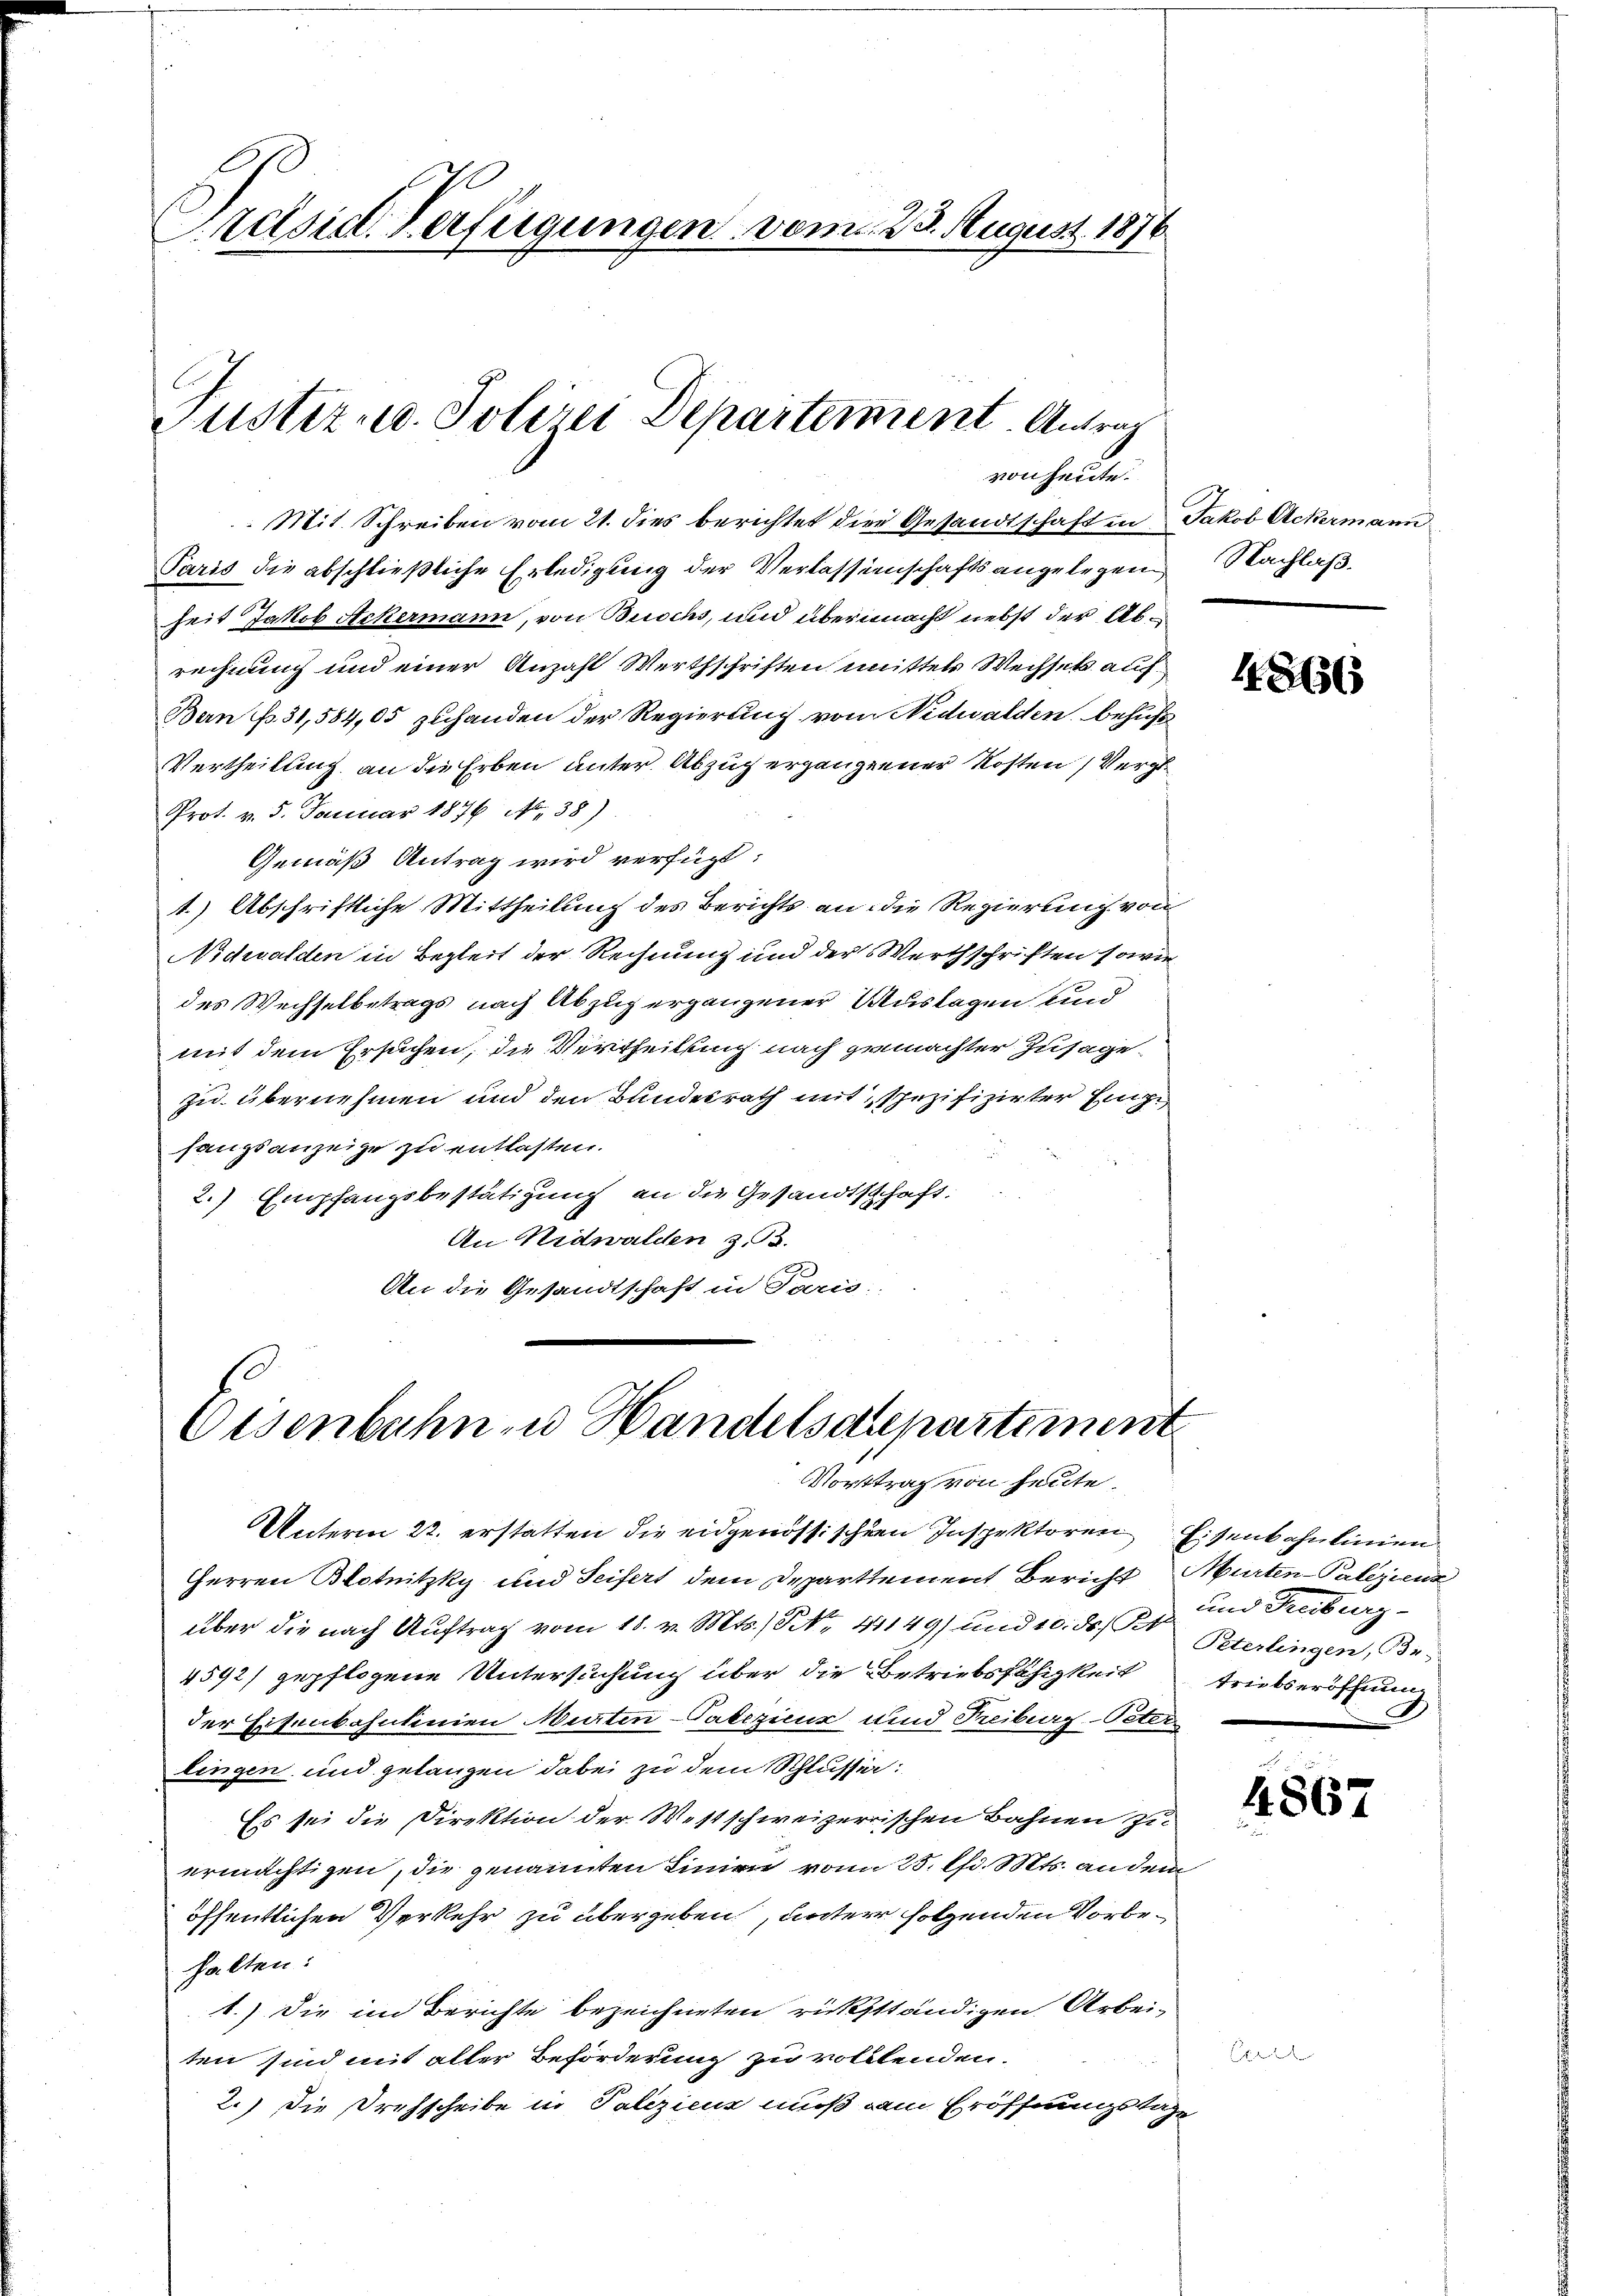
Präsid. Verfügungen vom 23. August 1876

C
Justiz u. Polizei Departement. Antrag
von heute.

Mit Schreiben vom 21. dies berichtet die Gesandtschaft in Jakob Ackermann
Paris die abschließliche Erledigung der Verlassenschafts angelegen
heit Jakob Ackermann, von Brochs, und übernacht nebst der Abrechnung und einer Anzahl Werthschriften mittels Wechsetz auf¬
Bern fr. 31,584,05 zuhanden der Regierung vom Nidwalden, behufs
Vertheilung an die Erben unter Abzug ergangener Kosten Vergl.
Prot. v. 5. Januar 1876 Al. 38)
Gemäß Antrag wird verfügt:
1.) Abschriftliche Mittheilung des Berichts an die Regierung von
Nidwalden in Begleit der Rechnung und der Werthschriften sowie
des Wechselbetrags nach Abzug ergangener Auslagen und
mit dem Ersuchen, die Vertheilung nach gemachter Zusage
zu übernehmen und den Bundesrath mit, spezifizirter Einge
fangsanzeige zu entlasten.
2.) Empfangsbestätigung an die Gesandtschaft:
An Nidwalden z. B.
An die Gesandtschaft in Paris;

Osenbahn zu Handelsdepartement
Vorttrag von heute.

Unterm 22. erstatten die eidgenössischen Inspektoren Eisenbahnlinien
Herren Blotnitzky und Seifert dem Departement Bericht Murten-Palizienz
über die nach Auftrag vom 18. v. Mts. No. 41149) und 10. ds. S. Berlingen, Be-
4592) gepflogene Untersuchung über die Betriebsfähigkeit
der Eisenbahnlinien Murten-Patezicus und Freiburg-Peter
lingen und gelangen dabei zu dem Schlussen:
Es sei die Direktion der Westschweizerrischen Bahnen zu
ermächtigen, die genannten Linien vom 25. d. Mts. an dem
öffentlichen Verkehr zu übergeben, unter folgenden Vorbehalten:
1.) Die im Berichte bezeichneten rücksständigen Arbeiten sind mit aller Beförderung zu volllenden.
2.) Die Drohscheibe in Poliziens muß dem Eröffnungstag

Nachlaß.

1856

und Treiburg-
treitseröffnung

4867